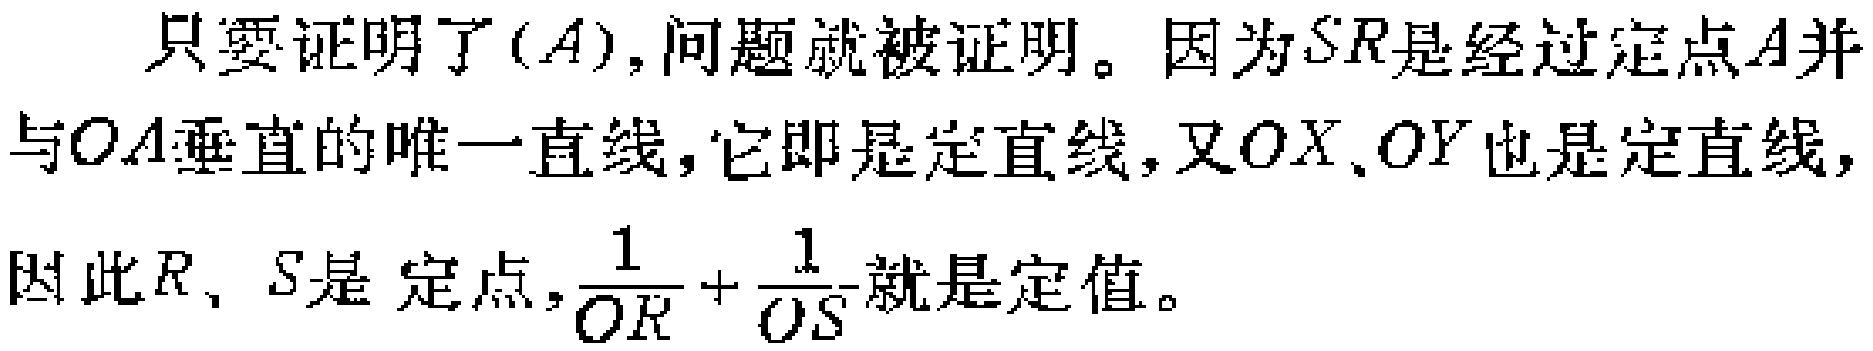
只要证明了$(A)$,问题就被证明。因为$SR$是经过定点$A$并与$OA$垂直的唯一直线，它即是定直线，又$OX$、$OY$也是定直线，因此$R$、$S$是定点，$\frac{1}{OR}+\frac{1}{OS}$就是定值。